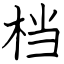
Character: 档